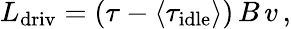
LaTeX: L_{\mathrm{driv}}=\left(\tau-\left<\tau_{\mathrm{idle}}\right>\right)\, B\, v\, ,